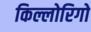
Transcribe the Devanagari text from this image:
किल्लोरिगो